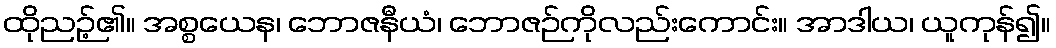
ထိုညဉ့်၏။ အစ္စယေန၊ ဘောဇနီယံ၊ ဘောဇဉ်ကိုလည်းကောင်း။ အာဒါယ၊ ယူကုန်၍။